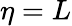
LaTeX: \eta=L